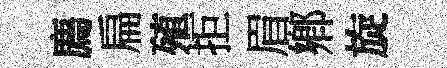
廌扁殖拒眉鄕旋